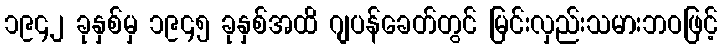
၁၉၄၂ ခုနှစ်မှ ၁၉၄၅ ခုနှစ်အထိ ဂျပန်ခေတ်တွင် မြင်းလှည်းသမားဘဝဖြင့်